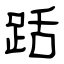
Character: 䟯